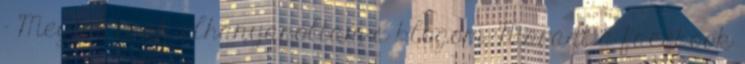
- Megint csak elhanyagoltam a blogom. Maradt a facebook